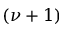
( \nu + 1 )